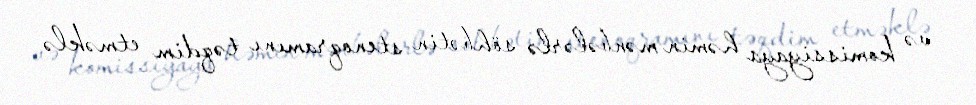
və komissiyaya həmin mənbələrlə söhbətin stenoqramını təqdim etməklə